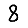
Digit: 8